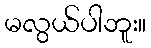
မလွယ်ပါဘူး။